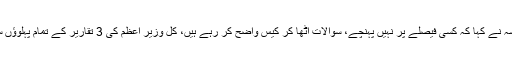
جسٹس آصف کھوسہ نے کہا کہ کسی فیصلے پر نہیں پہنچے، سوالات اٹھا کر کیس واضح کر رہے ہیں، کل وزیر اعظم کی 3 تقاریر کے تمام پہلوؤں سے جائزہ لیں گے۔